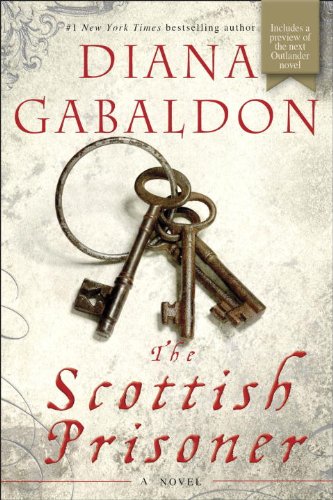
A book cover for The Scottish Prisoner: A Novel (Lord John Grey); Diana Gabaldon; Mystery, Thriller & Suspense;